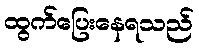
ထွက်ပြေးနေရသည်